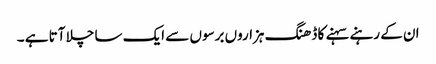
ان کے رہنے سہنے کا ڈھنگ ہزاروں برسوں سے ایک سا چلا آتا ہے ۔